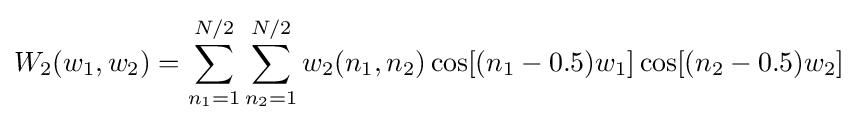
W_{2}(w_{1},w_{2})=\sum _{n_{1}=1}^{N/2}\sum _{n_{2}=1}^{N/2}w_{2}(n_{1},n_{2})\cos[(n_{1}-0.5)w_{1}]\cos[(n_{2}-0.5)w_{2}]